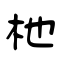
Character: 杝